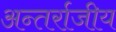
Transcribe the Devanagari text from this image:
अन्तर्राजीय